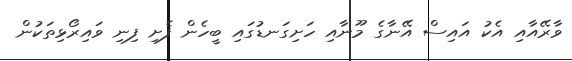
ވާރޭއާއި އެކު އައިސް އޭނާގެ މޫނާއި ހަށިގަނޑުގައި ބީހެން ފެށި ފިނި ވައިރޯޅިތަކުން